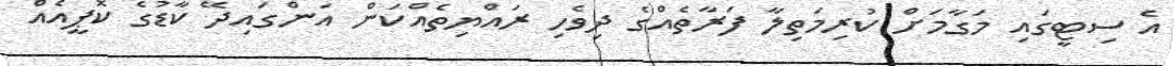
އެ ސިޓީގައި މަގާމަށް ކުރިމަތިލާ ފަރާތެއްގެ ދިވެހި ރައްޔިތެއްކަން އަންގައިދޭ ކާޑުގެ ކޮޕީއެއް